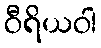
ဝီရိယဝါ